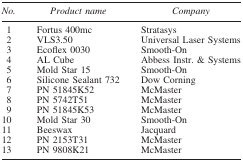
<table><thead><tr><td><b><i>No.</i></b></td><td><b><i>Product name</i></b></td><td><b><i>Company</i></b></td></tr></thead><tbody><tr><td>1</td><td>Fortus 400mc</td><td>Stratasys</td></tr><tr><td>2</td><td>VLS3.50</td><td>Universal Laser Systems</td></tr><tr><td>3</td><td>Ecoflex 0030</td><td>Smooth-On</td></tr><tr><td>4</td><td>AL Cube</td><td>Abbess Instr. &amp; Systems</td></tr><tr><td>5</td><td>Mold Star 15</td><td>Smooth-On</td></tr><tr><td>6</td><td>Silicone Sealant 732</td><td>Dow Corning</td></tr><tr><td>7</td><td>PN 51845K52</td><td>McMaster</td></tr><tr><td>8</td><td>PN 5742T51</td><td>McMaster</td></tr><tr><td>9</td><td>PN 51845K53</td><td>McMaster</td></tr><tr><td>10</td><td>Mold Star 30</td><td>Smooth-On</td></tr><tr><td>11</td><td>Beeswax</td><td>Jacquard</td></tr><tr><td>12</td><td>PN 2153T31</td><td>McMaster</td></tr><tr><td>13</td><td>PN 9808K21</td><td>McMaster</td></tr></tbody></table>